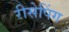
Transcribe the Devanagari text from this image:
रीसेपिंग